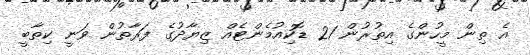
އެ ތިން މީހުންގެ އިތުރުން 21 ޑޮކިއުމެންޓެއް ޒިޔާދުގެ ފަރާތުން ވަނީ ކިތާބީ